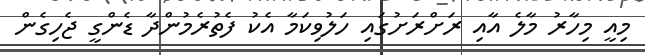
މިއީ މިހާރު މާލެ އާއި ރަށްރަށުގައި ހަލުވިކަމާ އެކު ފެތުރެމުންދާ ޑެންގީ ޖެހިގެން